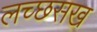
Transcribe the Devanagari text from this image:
लच्छसख